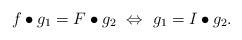
LaTeX: \begin{align*} f\bullet g_1=F\bullet g_2~\Leftrightarrow~g_1=I\bullet g_2.\end{align*}